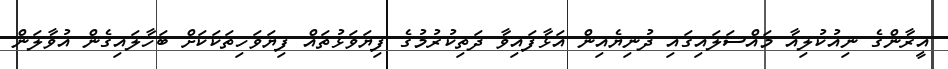
އީރާންގެ ނިއުކުލިއާ މައްސަލައިގައި ދުނިޔެއިން އަޅާފައިވާ ދަތިކުރުމުގެ ފިޔަވަޅުތައް ފިޔަވަހިތަކަކަށް ބަހާލައިގެން އުވާލަން